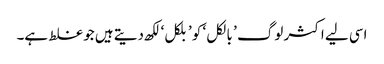
اسی لیے اکثر لوگ ’ بالکل ‘ کو ’بلکل‘ لکھ دیتے ہیں جو غلط ہے۔